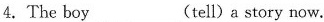
4.The boy ___(tell) a story now.